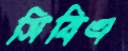
সিবিএ